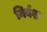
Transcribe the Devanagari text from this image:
निर्वश